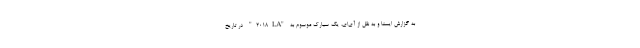
به گزارش ایسنا و به نقل از آی‌ای، یک سیارک موسوم به "۲۰۱۸LA" در تاریخ